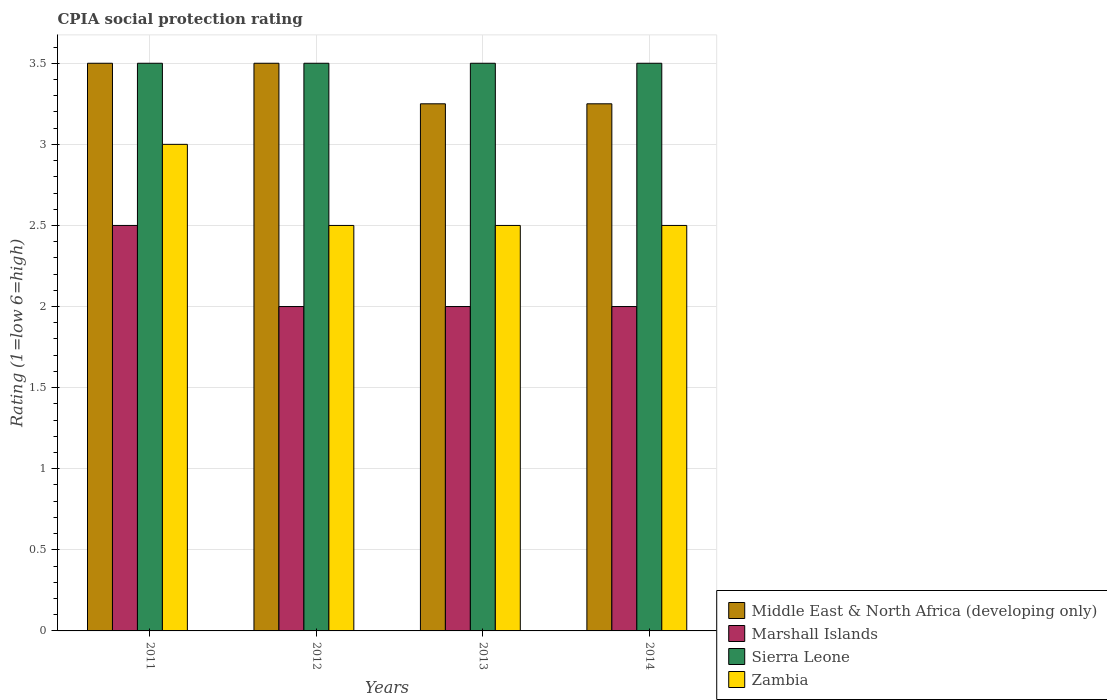
| Years | Middle East & North Africa (developing only) | Marshall Islands | Sierra Leone | Zambia |
 | --- | --- | --- | --- | --- |
 | 2011 | 3.5 | 2.5 | 3.5 | 3 |
 | 2012 | 3.5 | 2 | 3.5 | 2.5 |
 | 2013 | 3.25 | 2 | 3.5 | 2.5 |
 | 2014 | 3.25 | 2 | 3.5 | 2.5 |